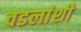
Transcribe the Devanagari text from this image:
वडलांशी